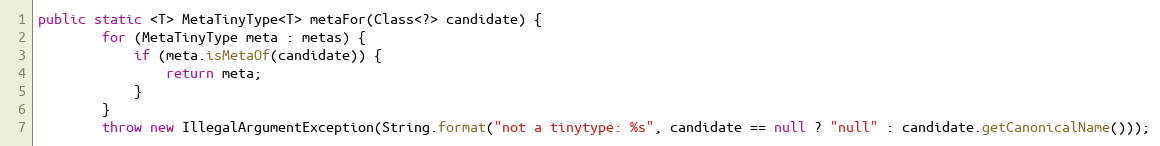
Language: Java
public static <T> MetaTinyType<T> metaFor(Class<?> candidate) {
        for (MetaTinyType meta : metas) {
            if (meta.isMetaOf(candidate)) {
                return meta;
            }
        }
        throw new IllegalArgumentException(String.format("not a tinytype: %s", candidate == null ? "null" : candidate.getCanonicalName()));